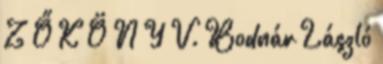
Z Ő K Ö N Y V. Bodnár László